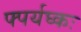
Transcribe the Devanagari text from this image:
फ्पर्यघ्कः